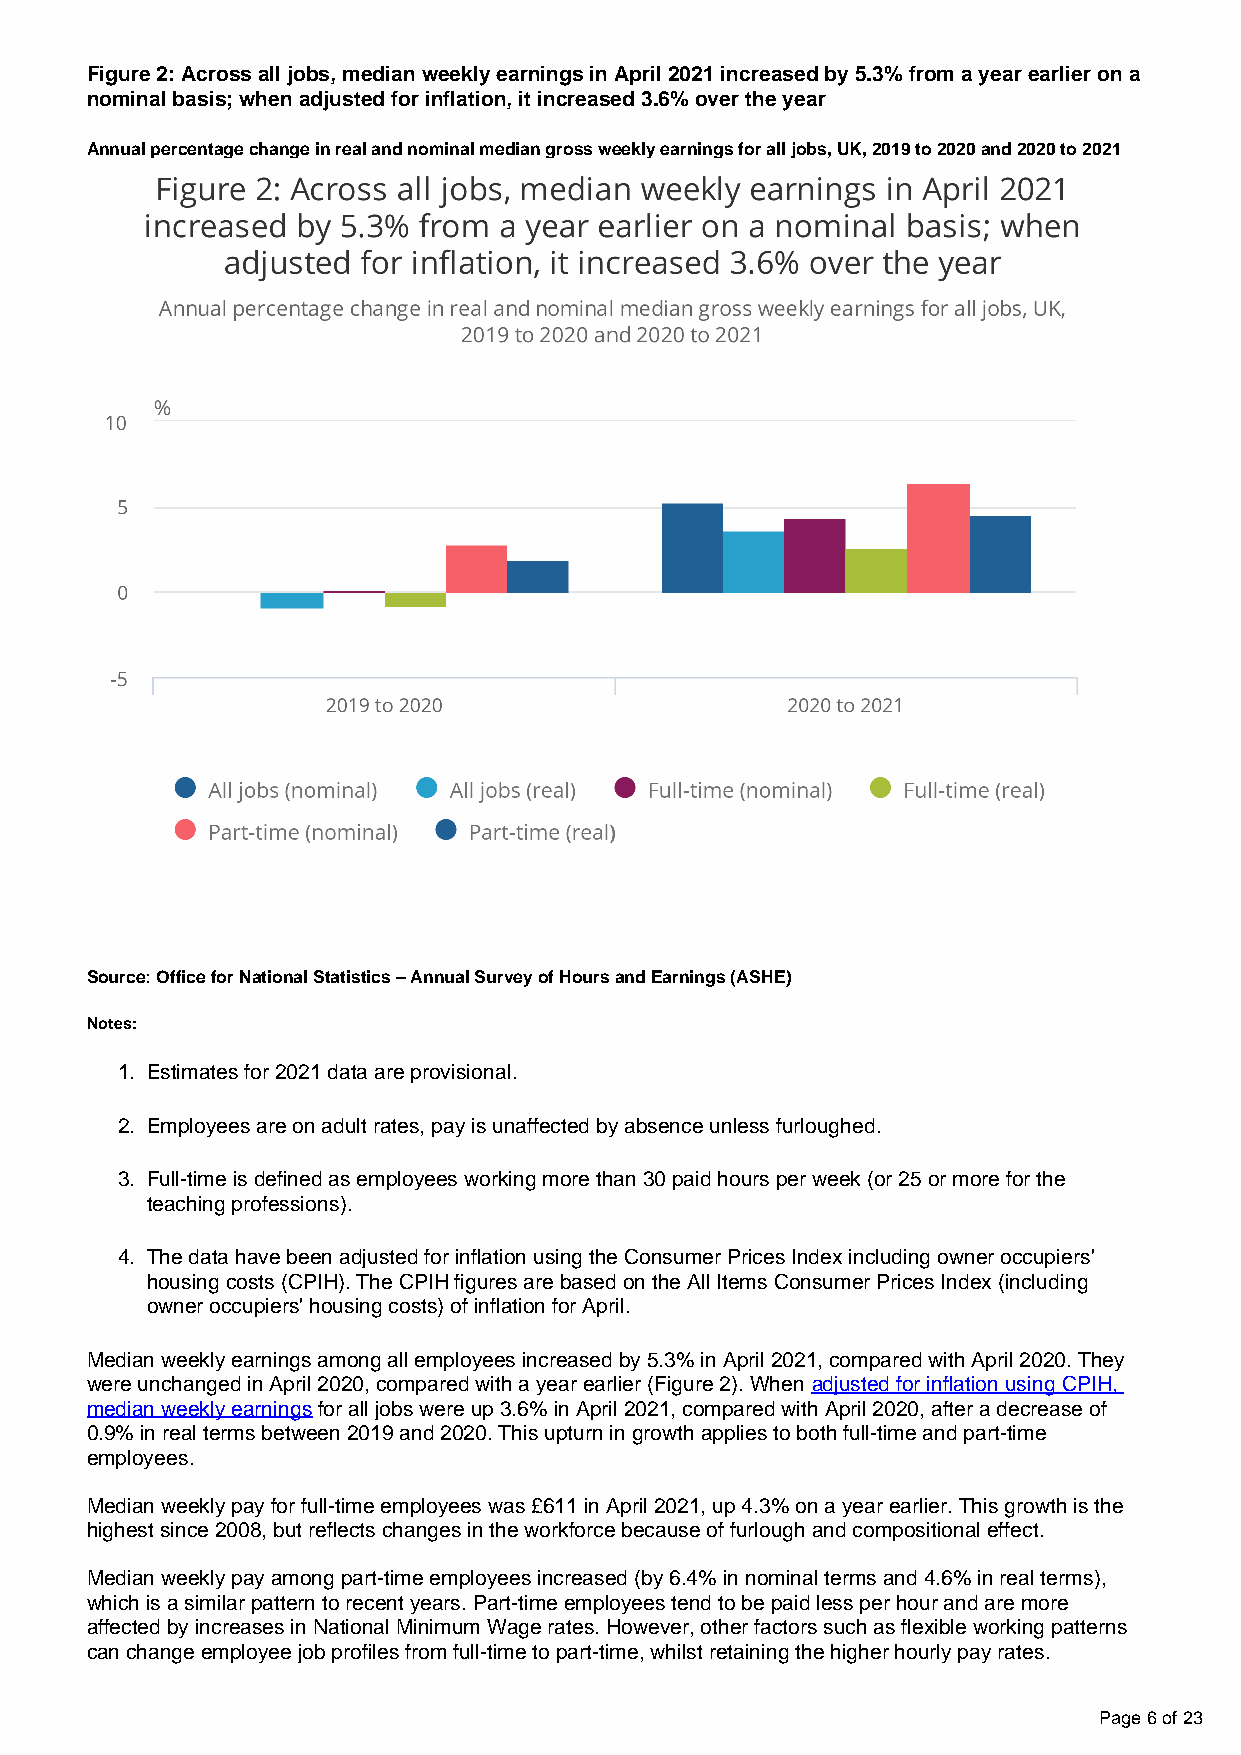
Figure 2: Across all jobs, median weekly earnings in April 2021 increased by 5.3% from a year earlier on a
 nominal basis; when adjusted for inflation, it increased 3.6% over the year
 Annual percentage change in real and nominal median gross weekly earnings for all jobs, UK, 2019 to 2020 and 2020 to 2021
 Source: Office for National Statistics – Annual Survey of Hours and Earnings (ASHE)
 Notes:
 1. Estimates for 2021 data are provisional.
 2. Employees are on adult rates, pay is unaffected by absence unless furloughed.
 3. Full-time is defined as employees working more than 30 paid hours per week (or 25 or more for the
 teaching professions).
 4. The data have been adjusted for inflation using the Consumer Prices Index including owner occupiers'
 housing costs (CPIH). The CPIH figures are based on the All Items Consumer Prices Index (including
 owner occupiers' housing costs) of inflation for April.
 Median weekly earnings among all employees increased by 5.3% in April 2021, compared with April 2020. They
 were unchanged in April 2020, compared with a year earlier (Figure 2). When adjusted for inflation using CPIH,
 median weekly earnings for all jobs were up 3.6% in April 2021, compared with April 2020, after a decrease of
 0.9% in real terms between 2019 and 2020. This upturn in growth applies to both full-time and part-time
 employees.
 Median weekly pay for full-time employees was £611 in April 2021, up 4.3% on a year earlier. This growth is the
 highest since 2008, but reflects changes in the workforce because of furlough and compositional effect.
 Median weekly pay among part-time employees increased (by 6.4% in nominal terms and 4.6% in real terms),
 which is a similar pattern to recent years. Part-time employees tend to be paid less per hour and are more
 affected by increases in National Minimum Wage rates. However, other factors such as flexible working patterns
 can change employee job profiles from full-time to part-time, whilst retaining the higher hourly pay rates.
 Page 6 of 23